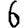
Digit: 6